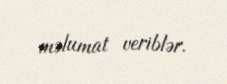
məlumat veriblər.